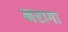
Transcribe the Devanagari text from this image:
मरागा